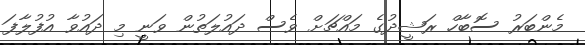
މެންބަރު ސޮބާހް ރަޝީދުގެ މައްޗަށް ވެސް ދައުލަތުން ވަނީ މި ދައުވާ އުފުލާފަ